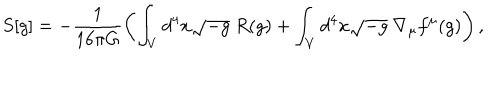
S [ g ] = - \frac { 1 } { 1 6 \pi G } \left( \int _ { V } d ^ { 4 } x \sqrt { - g } ~ R ( g ) + \int _ { V } d ^ { 4 } x \sqrt { - g } ~ \nabla _ { \mu } f ^ { \mu } ( g ) \right) ,